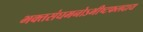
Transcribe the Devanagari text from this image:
भक्तसंघमनोऽभीष्टफलदाय